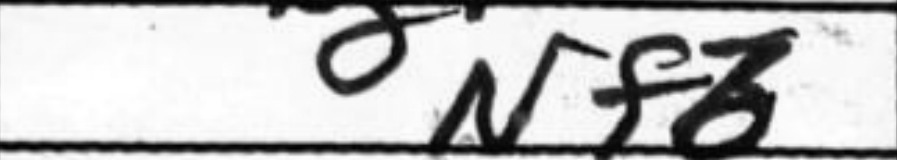
Transcription: Nf6